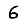
Digit: 6